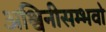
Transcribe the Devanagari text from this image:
अश्विनीसम्भवो